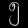
Digit: ၅